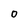
Character: o